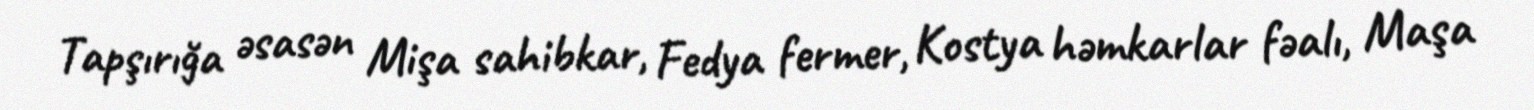
Tapşırığa əsasən Mişa sahibkar, Fedya fermer, Kostya həmkarlar fəalı, Maşa